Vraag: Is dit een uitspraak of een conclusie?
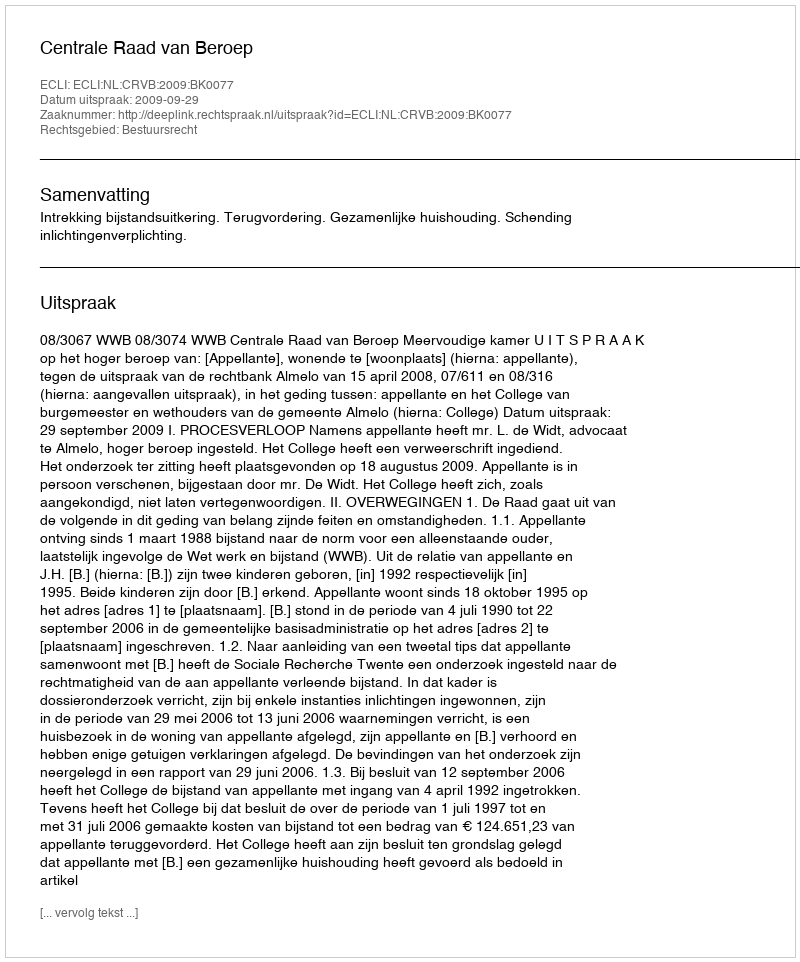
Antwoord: Uitspraak